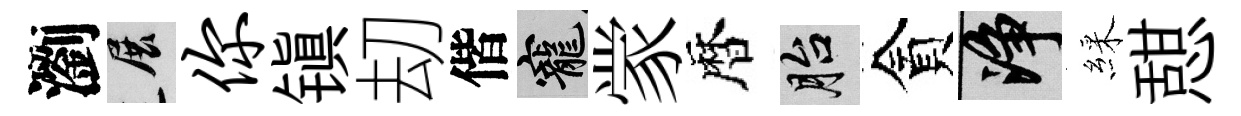
瀏展你镇刧偕寵䝉暦胎貪净綵憇